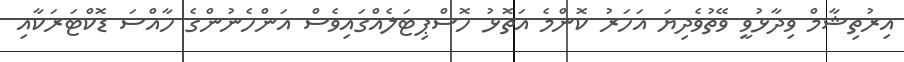
އިރުތިޝާމް ވިދާޅުވީ ވޭތުވެދިޔަ އަހަރު ކޮންމެ އަތޮޅު ހޮސްޕިޓަލެއްގައިވެސް އަންހެނުންގެ ހާއްސަ ޑޮކްޓަރަކާއި